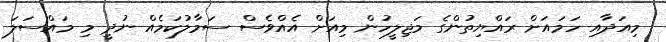
މިއަދާއި ހަމައަށް ރައްޔިތުންގެ މަޖިލީހުން މިއަށް އެއްވެސް ސަމާލުކަމެއް ނުދީ މި މައްސަލަ